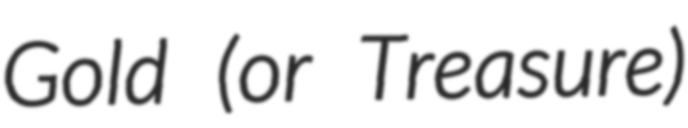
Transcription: Gold (or Treasure)